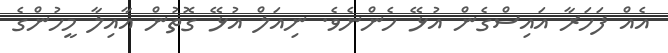
އެއް ފަހަރާ އައިސްގެން އުޅޭ ހެންނެވެ. ނިއަލް އުޅޭ ގޮތުން އާއިލާ މީހުންގެ